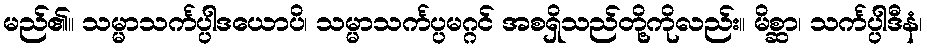
မည်၏။ သမ္မာသင်္ကပ္ပါဒယောပိ၊ သမ္မာသင်္ကပ္ပမဂ္ဂင် အစရှိသည်တို့ကိုလည်း။ မိစ္ဆာ၊ သင်္ကပ္ပါဒီနံ၊